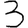
Digit: 3